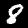
Label: 8